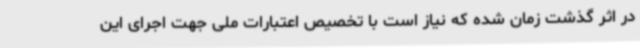
در اثر گذشت زمان شده که نیاز است با تخصیص اعتبارات ملی جهت اجرای این